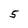
Character: 5